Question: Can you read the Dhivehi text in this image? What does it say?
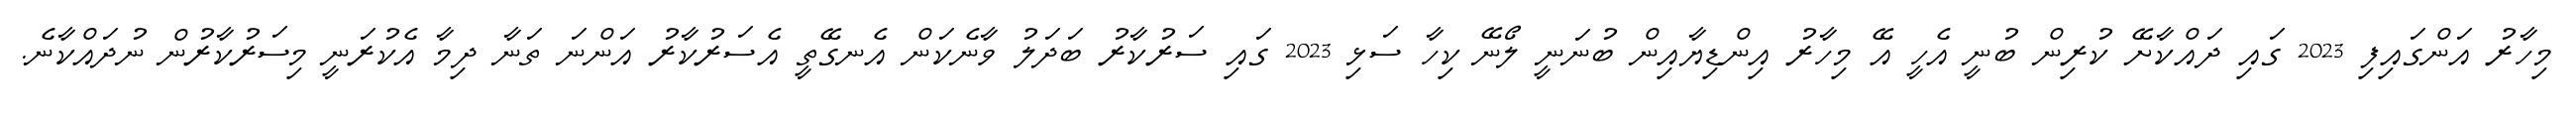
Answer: މިހާރު އަންގައިފި 2023 ގައި ދައްކާށޭ ކުރިން ބުނީ އެހީ އޭ މިހާރު އިންޑިޔާއިން ބުނަނީ ލޯނޭ ކިހާ ސަޅި 2023 ގައި ސަރުކާރު ބަދަލު ވާނެކަން އެނގޭތީ އެސަރުކާރު އަންނަ ތަނާ ދިމާ އެކުރަނީ މިސަރުކާރުން ނުދައްކާނެ.